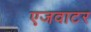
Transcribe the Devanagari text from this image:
एजवाटर